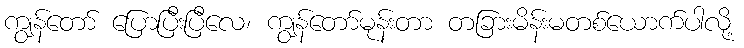
ကျွန်တော် ပြောပြီးပြီလေ၊ ကျွန်တော်မုန်းတာ တခြားမိန်းမတစ်ယောက်ပါလို့